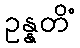
ဥန္နတိံ